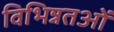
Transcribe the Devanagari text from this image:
विभिन्नतओं